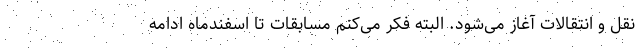
نقل و انتقالات آغاز می‌شود. البته فکر می‌کنم مسابقات تا اسفندماه ادامه